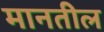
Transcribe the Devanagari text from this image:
मानतील